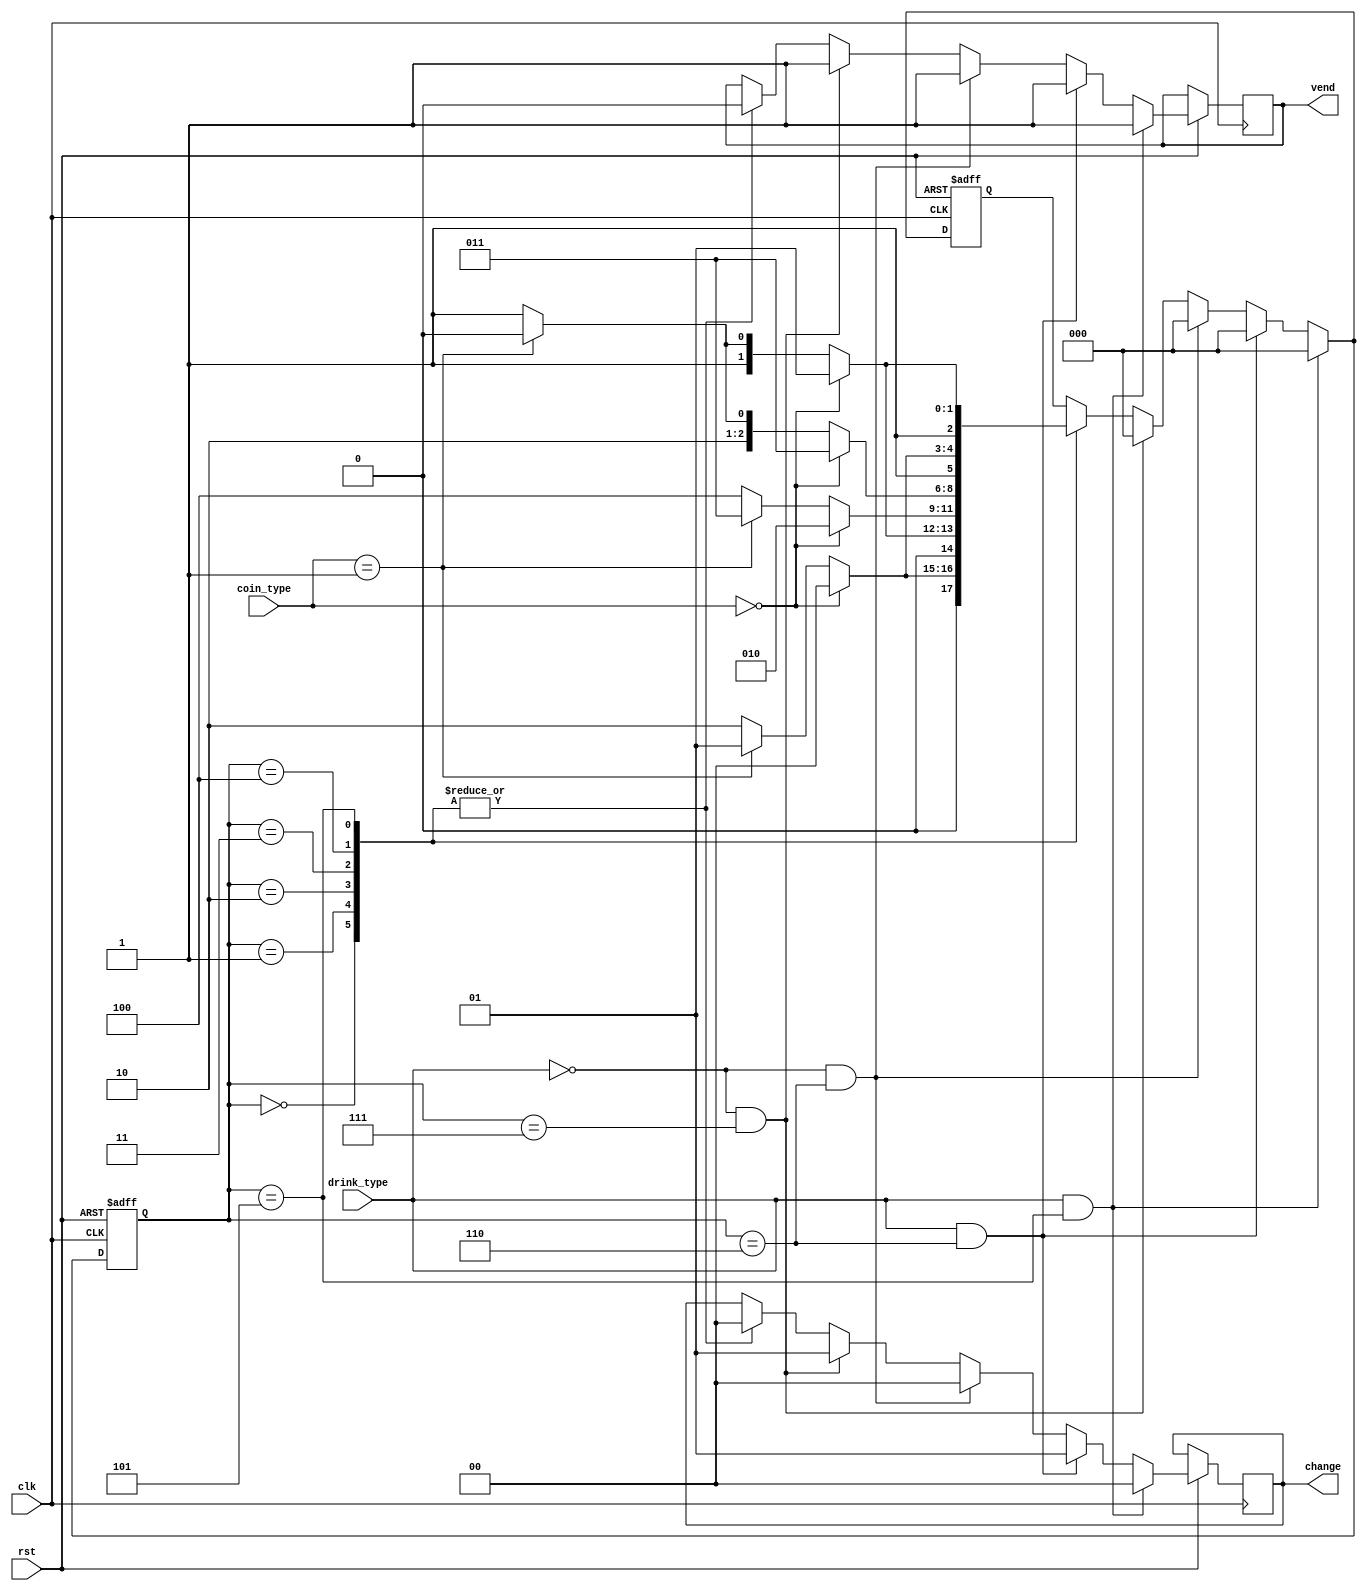
`timescale 1ns / 1ps
//////////////////////////////////////////////////////////////////////////////////
// Company: 
// Engineer: 
// 
// Design Name: 
// Module Name: vending_machine
// Project Name: 
// Target Devices: 
// Tool Versions: 
// Description: 
// 
// Dependencies: 
// 
// Revision:
// Revision 0.01 - File Created
// Additional Comments:
// 
//////////////////////////////////////////////////////////////////////////////////


module vending_machine(
    clk,
    rst,
    drink_type,
    coin_type,
    vend,
    change
    );

input           clk;
input           rst;
input           drink_type;
input   [1:0]   coin_type;


output          vend;
output  [1:0]   change;

/******** Define your registers here ********/
reg             vend;
reg     [1:0]   change;
reg     [2:0]   current_state;
reg     [2:0]   next_state;

// coin_type, change, state parameters
parameter [2:0] NO_COIN = 3'b000;    // No coin inserted
parameter [2:0] WON_050 = 3'b001;    // 50 Won coin inserted
parameter [2:0] WON_100 = 3'b010;    // 100 Won coin inserted
// only for state
parameter [2:0] WON_150 = 3'b011;    // 150 Won coin inserted
parameter [2:0] WON_200 = 3'b100;    // 200 Won coin inserted
parameter [2:0] WON_250 = 3'b101;    // 250 Won coin inserted
parameter [2:0] WON_300 = 3'b110;    // 300 Won coin inserted
parameter [2:0] WON_350 = 3'b111;    // 300 Won coin inserted

// drink_type parameters
parameter       COKE    = 1'b0;     // Coke     = 300 Won
parameter       SPRITE  = 1'b1;     // Sprite   = 250 Won


/******** Design your implementation here ********/
always @(posedge clk or negedge rst)
begin
    if(rst == 0) next_state = 3'b000;
    else if(drink_type == SPRITE && current_state == WON_250) begin
        next_state = NO_COIN;
        vend = 1'b1;
        change = NO_COIN;
    end 
    else if(drink_type == SPRITE && current_state == WON_300) begin
        next_state = NO_COIN;
        vend = 1'b1;
        change = WON_050;
    end 
    else if(drink_type == COKE && current_state == WON_300) begin
        next_state = NO_COIN;
        vend = 1'b1;
        change = NO_COIN;    
    end   
    else if(drink_type == COKE && current_state == WON_350) begin
        next_state = NO_COIN;
        vend = 1'b1;
        change = WON_050;    
    end 
 
    else
    begin
        case(current_state) 
            NO_COIN:
            begin
                if(coin_type == NO_COIN) begin
                   next_state = NO_COIN;            
                   vend = 1'b0;
                   change = NO_COIN;   
                end
                else if(coin_type == WON_050) begin
                   next_state = WON_050;          
                   vend = 1'b0;
                   change = NO_COIN;   
                end
                else begin
                   next_state = WON_100;         
                   vend = 1'b0;
                   change = NO_COIN;   
                end
           end
           
           WON_050:
           begin
               if(coin_type == NO_COIN) begin
                   next_state = WON_050;         
                   vend = 1'b0;
                   change = NO_COIN;   
               end
               else if(coin_type == WON_050) begin
                   next_state = WON_100;       
                   vend = 1'b0;
                   change = NO_COIN;   
               end
               else begin
                   next_state = WON_150;       
                   vend = 1'b0;
                   change = NO_COIN;   
               end
           end
           
           WON_100:
           begin
                if(coin_type == NO_COIN) begin
                   next_state = WON_100;              
                   vend = 1'b0;
                   change = NO_COIN;   
                end
                else if(coin_type == WON_050) begin
                   next_state = WON_150;         
                   vend = 1'b0;
                   change = NO_COIN;   
                end
                else begin
                   next_state = WON_200;            
                   vend = 1'b0;
                   change = NO_COIN;   
                end
           end
           
           WON_150:
           begin
                if(coin_type == NO_COIN) begin
                   next_state = WON_150;     
                   vend = 1'b0;
                   change = NO_COIN;   
                end
                else if(coin_type == WON_050) begin
                   next_state = WON_200;          
                   vend = 1'b0;
                   change = NO_COIN;   
                end
                else begin
                   next_state = WON_250;          
                   vend = 1'b0;
                   change = NO_COIN;   
                end
           end
           
           WON_200:
           begin
                if(coin_type == NO_COIN) begin
                   next_state = WON_200;        
                   vend = 1'b0;
                   change = NO_COIN;   
                end
                else if(coin_type == WON_050) begin
                   next_state = WON_250;       
                   vend = 1'b0;
                   change = NO_COIN;   
                end
                else begin
                   next_state = WON_300;        
                   vend = 1'b0;
                   change = NO_COIN;   
                end
           end

           WON_250:
           begin
                if(coin_type == NO_COIN) begin
                   next_state = WON_250;        
                   vend = 1'b0;
                   change = NO_COIN;   
                end
                else if(coin_type == WON_050) begin
                   next_state = WON_300;          
                   vend = 1'b0;
                   change = NO_COIN;   
                end
                else begin
                   next_state = WON_350;          
                   vend = 1'b0;
                   change = NO_COIN;   
                end
           end 
                                     
        endcase
   
    end
      current_state <= next_state;
end
endmodule